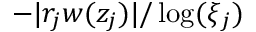
- | r _ { j } w ( z _ { j } ) | / \log ( \xi _ { j } )